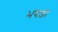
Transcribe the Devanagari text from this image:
भंगड़ा